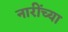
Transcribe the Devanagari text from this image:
नारींच्या